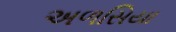
અળસિયા